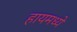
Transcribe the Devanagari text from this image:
हायमध्ये